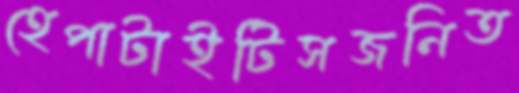
হেপাটাইটিসজনিত